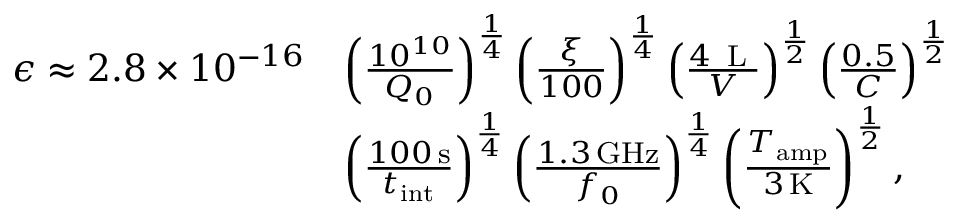
\begin{array} { r l } { \epsilon \approx 2 . 8 \times 1 0 ^ { - 1 6 } } & { \left( \frac { 1 0 ^ { 1 0 } } { Q _ { 0 } } \right) ^ { \frac { 1 } { 4 } } \left( \frac { \xi } { 1 0 0 } \right) ^ { \frac { 1 } { 4 } } \left( \frac { 4 \, \textrm { L } } { V } \right) ^ { \frac { 1 } { 2 } } \left( \frac { 0 . 5 } { C } \right) ^ { \frac { 1 } { 2 } } } \\ & { \left( \frac { 1 0 0 \, \mathrm { s } } { t _ { \mathrm { i n t } } } \right) ^ { \frac { 1 } { 4 } } \left( \frac { 1 . 3 \, \mathrm { G H z } } { f _ { 0 } } \right) ^ { \frac { 1 } { 4 } } \left( \frac { T _ { \mathrm { a m p } } } { 3 \, \mathrm { K } } \right) ^ { \frac { 1 } { 2 } } , } \end{array}